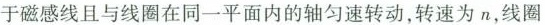
于磁感线且与线圈在同一平面内的轴匀速转动，转速为n，线圈